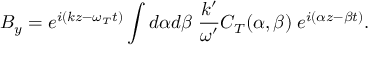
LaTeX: B _ { y } = e ^ { i ( k z - \omega _ { T } t ) } \int d \alpha d \beta \; { \frac { k ^ { \prime } } { \omega ^ { \prime } } } C _ { T } ( \alpha , \beta ) \; e ^ { i ( \alpha z - \beta t ) } .